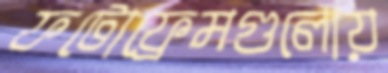
ফটোফ্রেমগুলোয়